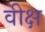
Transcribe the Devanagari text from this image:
वीक्ष